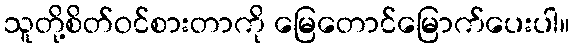
သူတို့စိတ်ဝင်စားတာကို မြေတောင်မြောက်ပေးပါ။